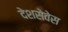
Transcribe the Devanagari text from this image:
देशसेवेस